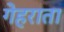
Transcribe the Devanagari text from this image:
गेहराता